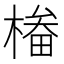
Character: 㮥